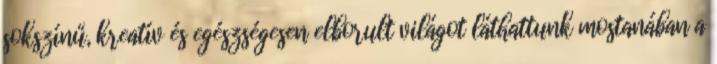
sokszínű, kreatív és egészségesen elborult világot láthattunk mostanában a